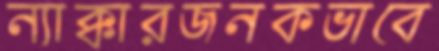
ন্যাক্কারজনকভাবে